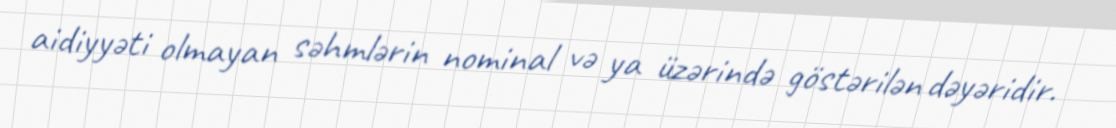
aidiyyəti olmayan səhmlərin nominal və ya üzərində göstərilən dəyəridir.